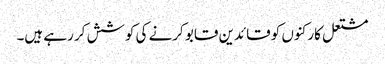
مشتعل کارکنوں کو قائدین قابو کرنے کی کوشش کر رہے ہیں۔